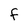
Character: f